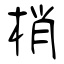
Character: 梢